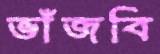
ভাঁজবি